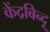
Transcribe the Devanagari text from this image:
केंद्रबिन्दू